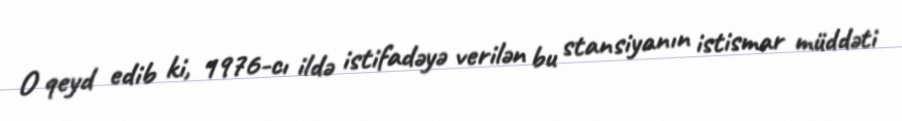
O qeyd edib ki, 1976-cı ildə istifadəyə verilən bu stansiyanın istismar müddəti